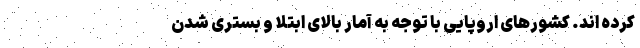
کرده اند. کشورهای اروپایی با توجه به آمار بالای ابتلا و بستری شدن